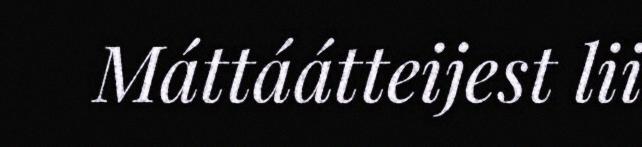
Máttáátteijest lii